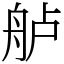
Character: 舻